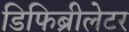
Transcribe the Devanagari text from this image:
डिफिब्रीलेटर